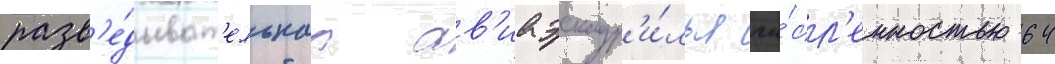
разв'е́дыват'ельнаа ав'иаэскадр'и́лья чи́сл'енностью 64